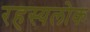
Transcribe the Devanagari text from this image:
रहस्यलोक